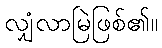
လျှံလာမြဲဖြစ်၏။